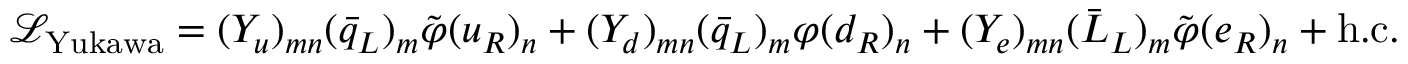
{ \mathcal { L } } _ { \mathrm { Y u k a w a } } = ( Y _ { u } ) _ { m n } ( { \bar { q } } _ { L } ) _ { m } { \tilde { \varphi } } ( u _ { R } ) _ { n } + ( Y _ { d } ) _ { m n } ( { \bar { q } } _ { L } ) _ { m } \varphi ( d _ { R } ) _ { n } + ( Y _ { e } ) _ { m n } ( { \bar { L } } _ { L } ) _ { m } { \tilde { \varphi } } ( e _ { R } ) _ { n } + \mathrm { h . c . }